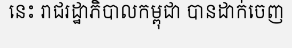
នេះ រាជរដ្ឋាភិបាលកម្ពុជា បានដាក់ចេញ